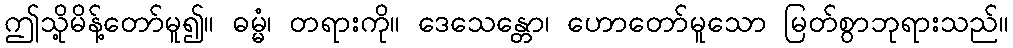
ဤသို့မိန့်တော်မူ၍။ ဓမ္မံ၊ တရားကို။ ဒေသေန္တော၊ ဟောတော်မူသော မြတ်စွာဘုရားသည်။